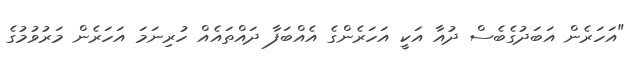
"އަހަރެން އަބަދުގެބެސް ދުއާ އަކީ އަހަރެންގެ އެއްބަފާ ދައްތައެއް ހުރިނަމަ އަހަރެން މަރުވުމުގެ